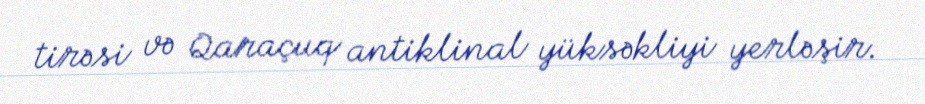
tirəsi və Qaraçuq antiklinal yüksəkliyi yerləşir.